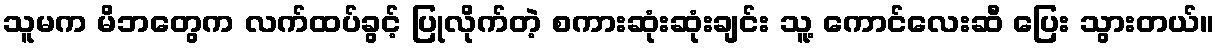
သူမက မိဘတွေက လက်ထပ်ခွင့် ပြုလိုက်တဲ့ စကားဆုံးဆုံးချင်း သူ့ ကောင်လေးဆီ ပြေး သွားတယ်။